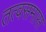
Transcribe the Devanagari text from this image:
तत्वसमास